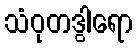
သံဝုတဒွါရော